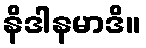
နိဒါနမာဒိ။